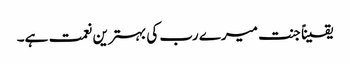
یقیناً جنت میرے رب کی بہترین نعمت ہے۔